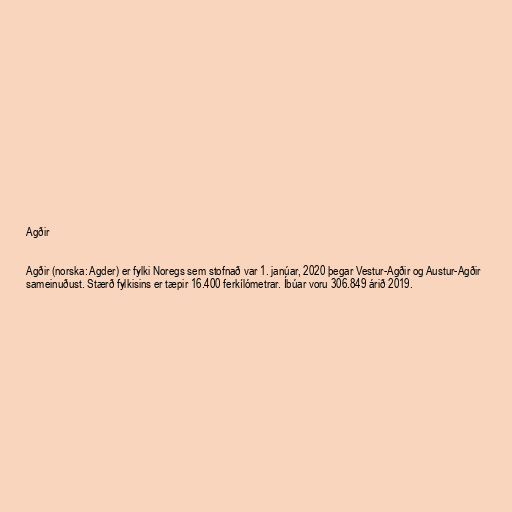
Agðir

Agðir (norska: Agder) er fylki Noregs sem stofnað var 1. janúar, 2020 þegar Vestur-Agðir og Austur-Agðir
sameinuðust. Stærð fylkisins er tæpir 16.400 ferkílómetrar. Íbúar voru 306.849 árið 2019.